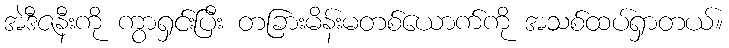
အဲဒီဇနီးကို ကွာရှင်းပြီး တခြားမိန်းမတစ်ယောက်ကို အသစ်ထပ်ရှာတယ်။